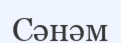
Сәнәм